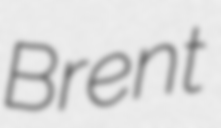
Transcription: Brent